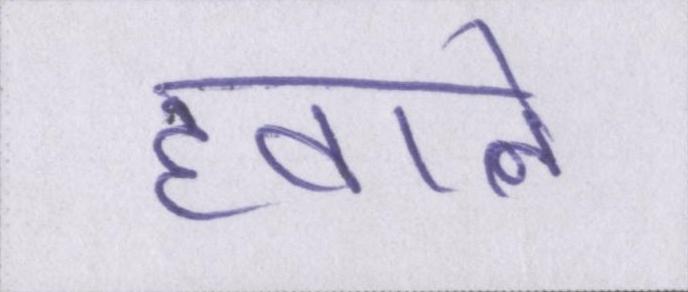
हवाले